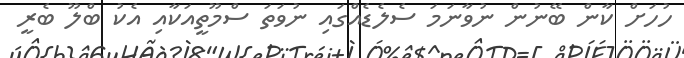
ހުހަށް ކާން ބޭނުން ނުވާނަމަ ސެލެޑެއްގައި ނުވަތަ ސްމޫތީއަކާއި އެކު ބްލޫ ބެރީ